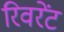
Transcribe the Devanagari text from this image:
रिवरेंट